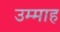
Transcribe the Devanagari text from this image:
उम्माह